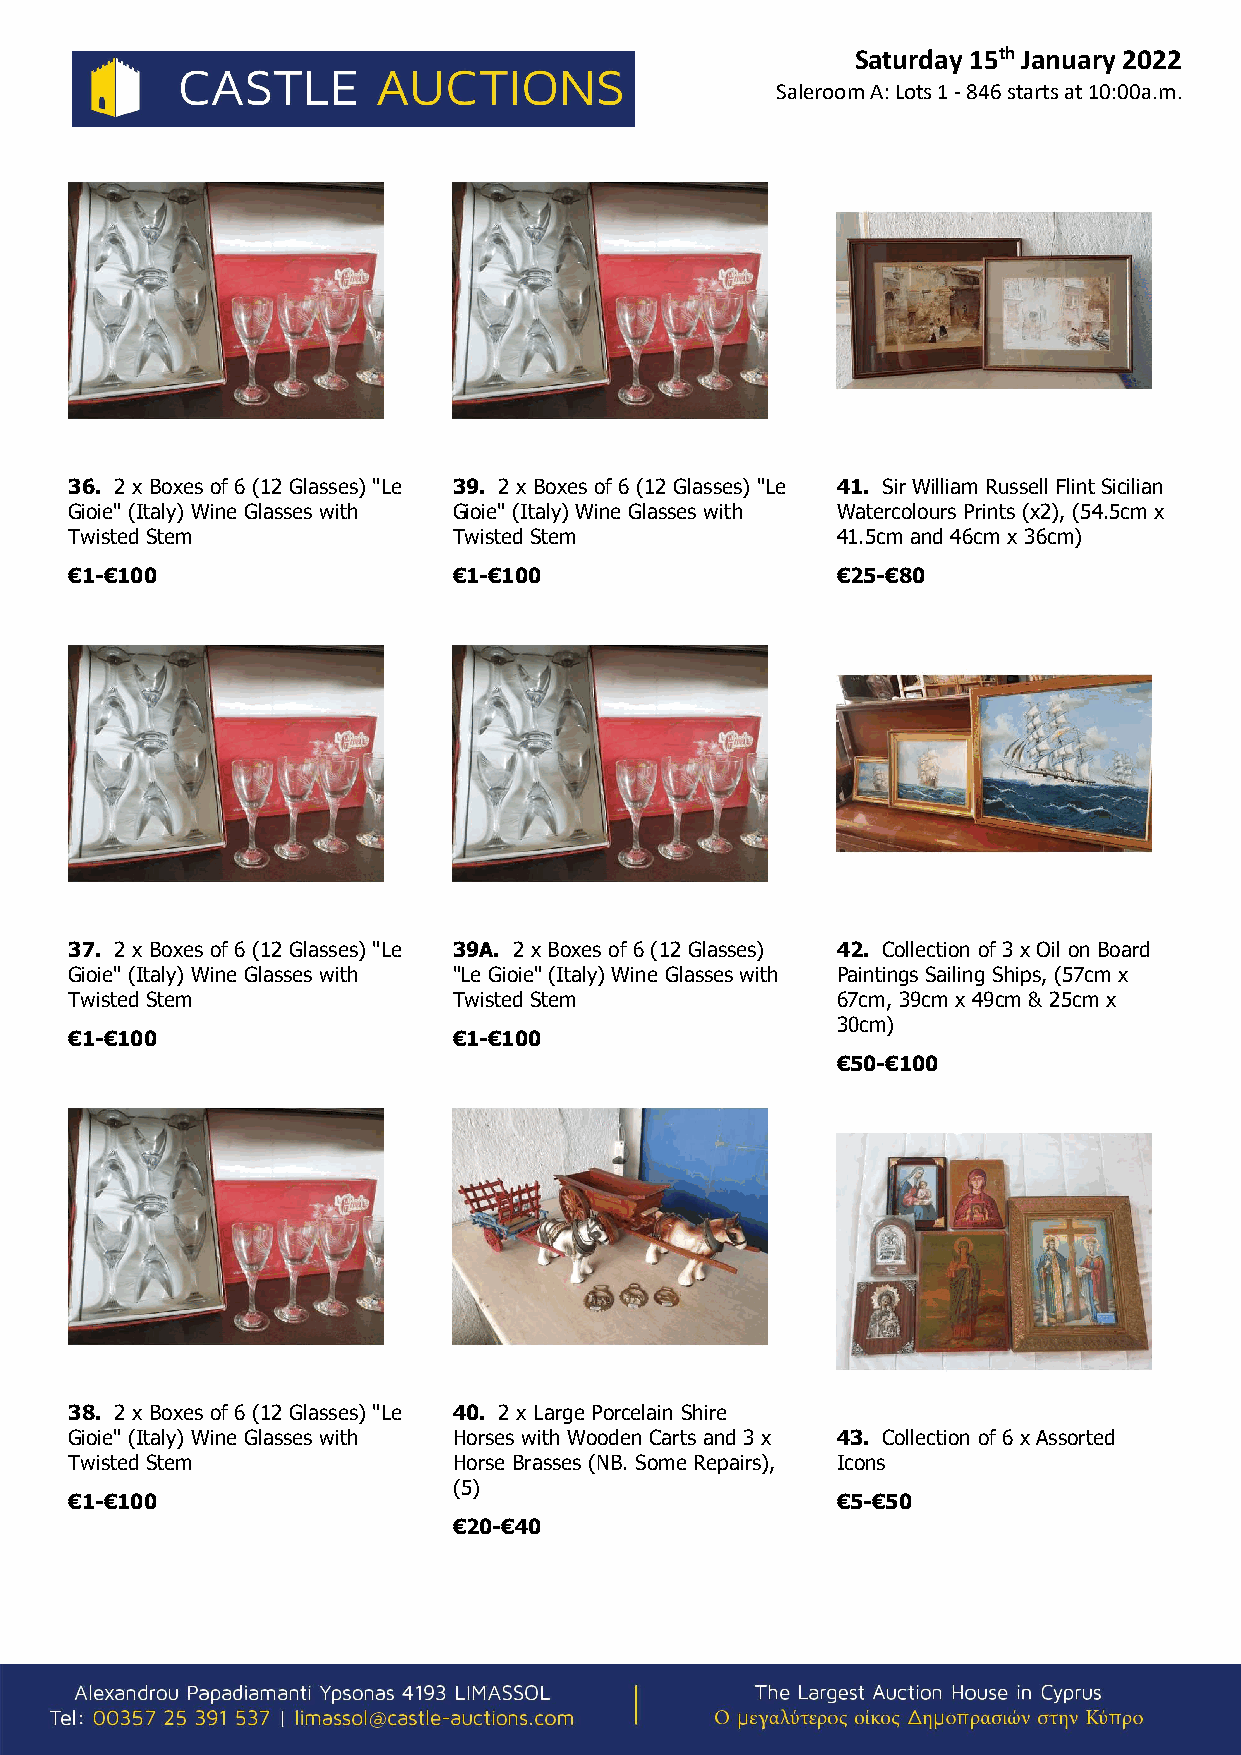
Saturday 15th January 2022
 Saleroom A: Lots 1 - 846 starts at 10:00a.m.
 36. 2 x Boxes of 6 (12 Glasses) "Le 39. 2 x Boxes of 6 (12 Glasses) "Le 41. Sir William Russell Flint Sicilian
 Gioie" (Italy) Wine Glasses with Gioie" (Italy) Wine Glasses with Watercolours Prints (x2), (54.5cm x
 Twisted Stem             Twisted Stem             41.5cm and 46cm x 36cm)
 €1-€100                  €1-€100                  €25-€80
 37. 2 x Boxes of 6 (12 Glasses) "Le 39A. 2 x Boxes of 6 (12 Glasses) 42. Collection of 3 x Oil on Board
 Gioie" (Italy) Wine Glasses with "Le Gioie" (Italy) Wine Glasses with Paintings Sailing Ships, (57cm x
 Twisted Stem             Twisted Stem             67cm, 39cm x 49cm & 25cm x
 30cm)
 €1-€100                  €1-€100
 €50-€100
 38. 2 x Boxes of 6 (12 Glasses) "Le 40. 2 x Large Porcelain Shire
 Gioie" (Italy) Wine Glasses with Horses with Wooden Carts and 3 x 43. Collection of 6 x Assorted
 Twisted Stem             Horse Brasses (NB. Some Repairs), Icons
 (5)
 €1-€100                                           €5-€50
 €20-€40